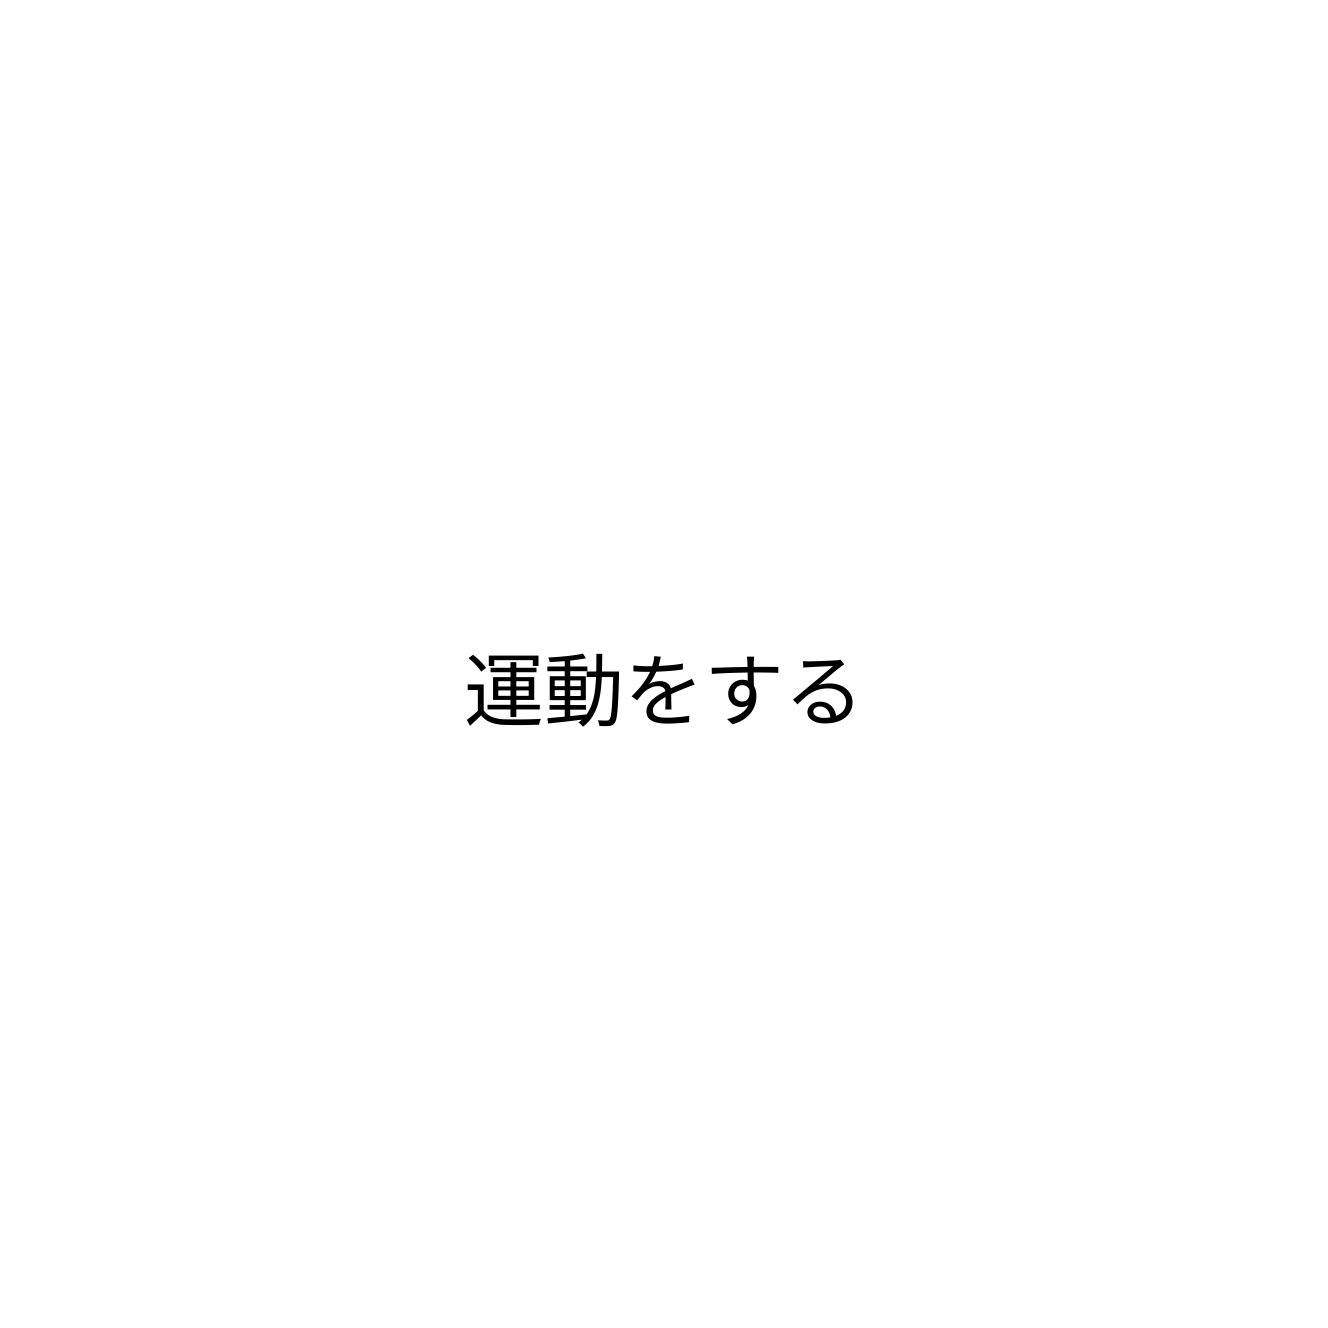
運動をする